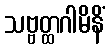
သဗ္ဗတ္ထဂါမိနိံ